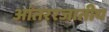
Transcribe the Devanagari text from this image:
आंतररजातीय